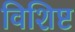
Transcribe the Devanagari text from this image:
विशिष्ट